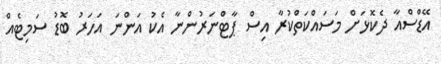
އޭޑްސްއާ ދެކޮޅަށް މަސައްކަތްކުރާ އިސް ޕާޓްނަރުންނާ އެކު އަންނަ އަހަރު ބޮޑު ސަމިޓެއް